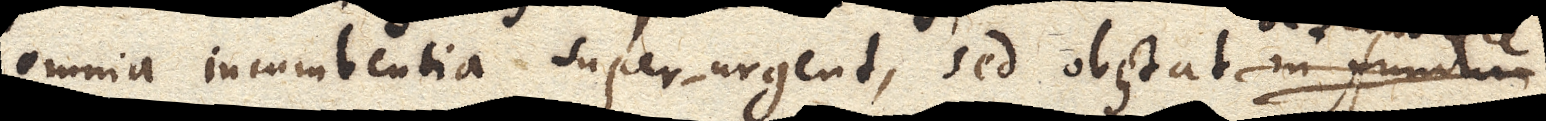
omnia incumbentia superurgent, sed obstat in fundum